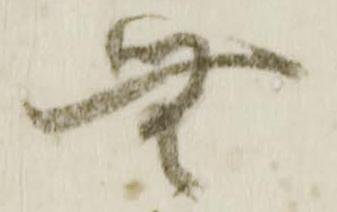
無